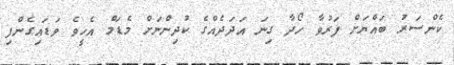
ކެންސަރު ބައްޔަށް ފަރުވާ ހޯދާ ގިނަ އަދަދެއްގެ ކުދިންނަށް މެޑަމް އެހީވެ ވަޑައިގެންފި